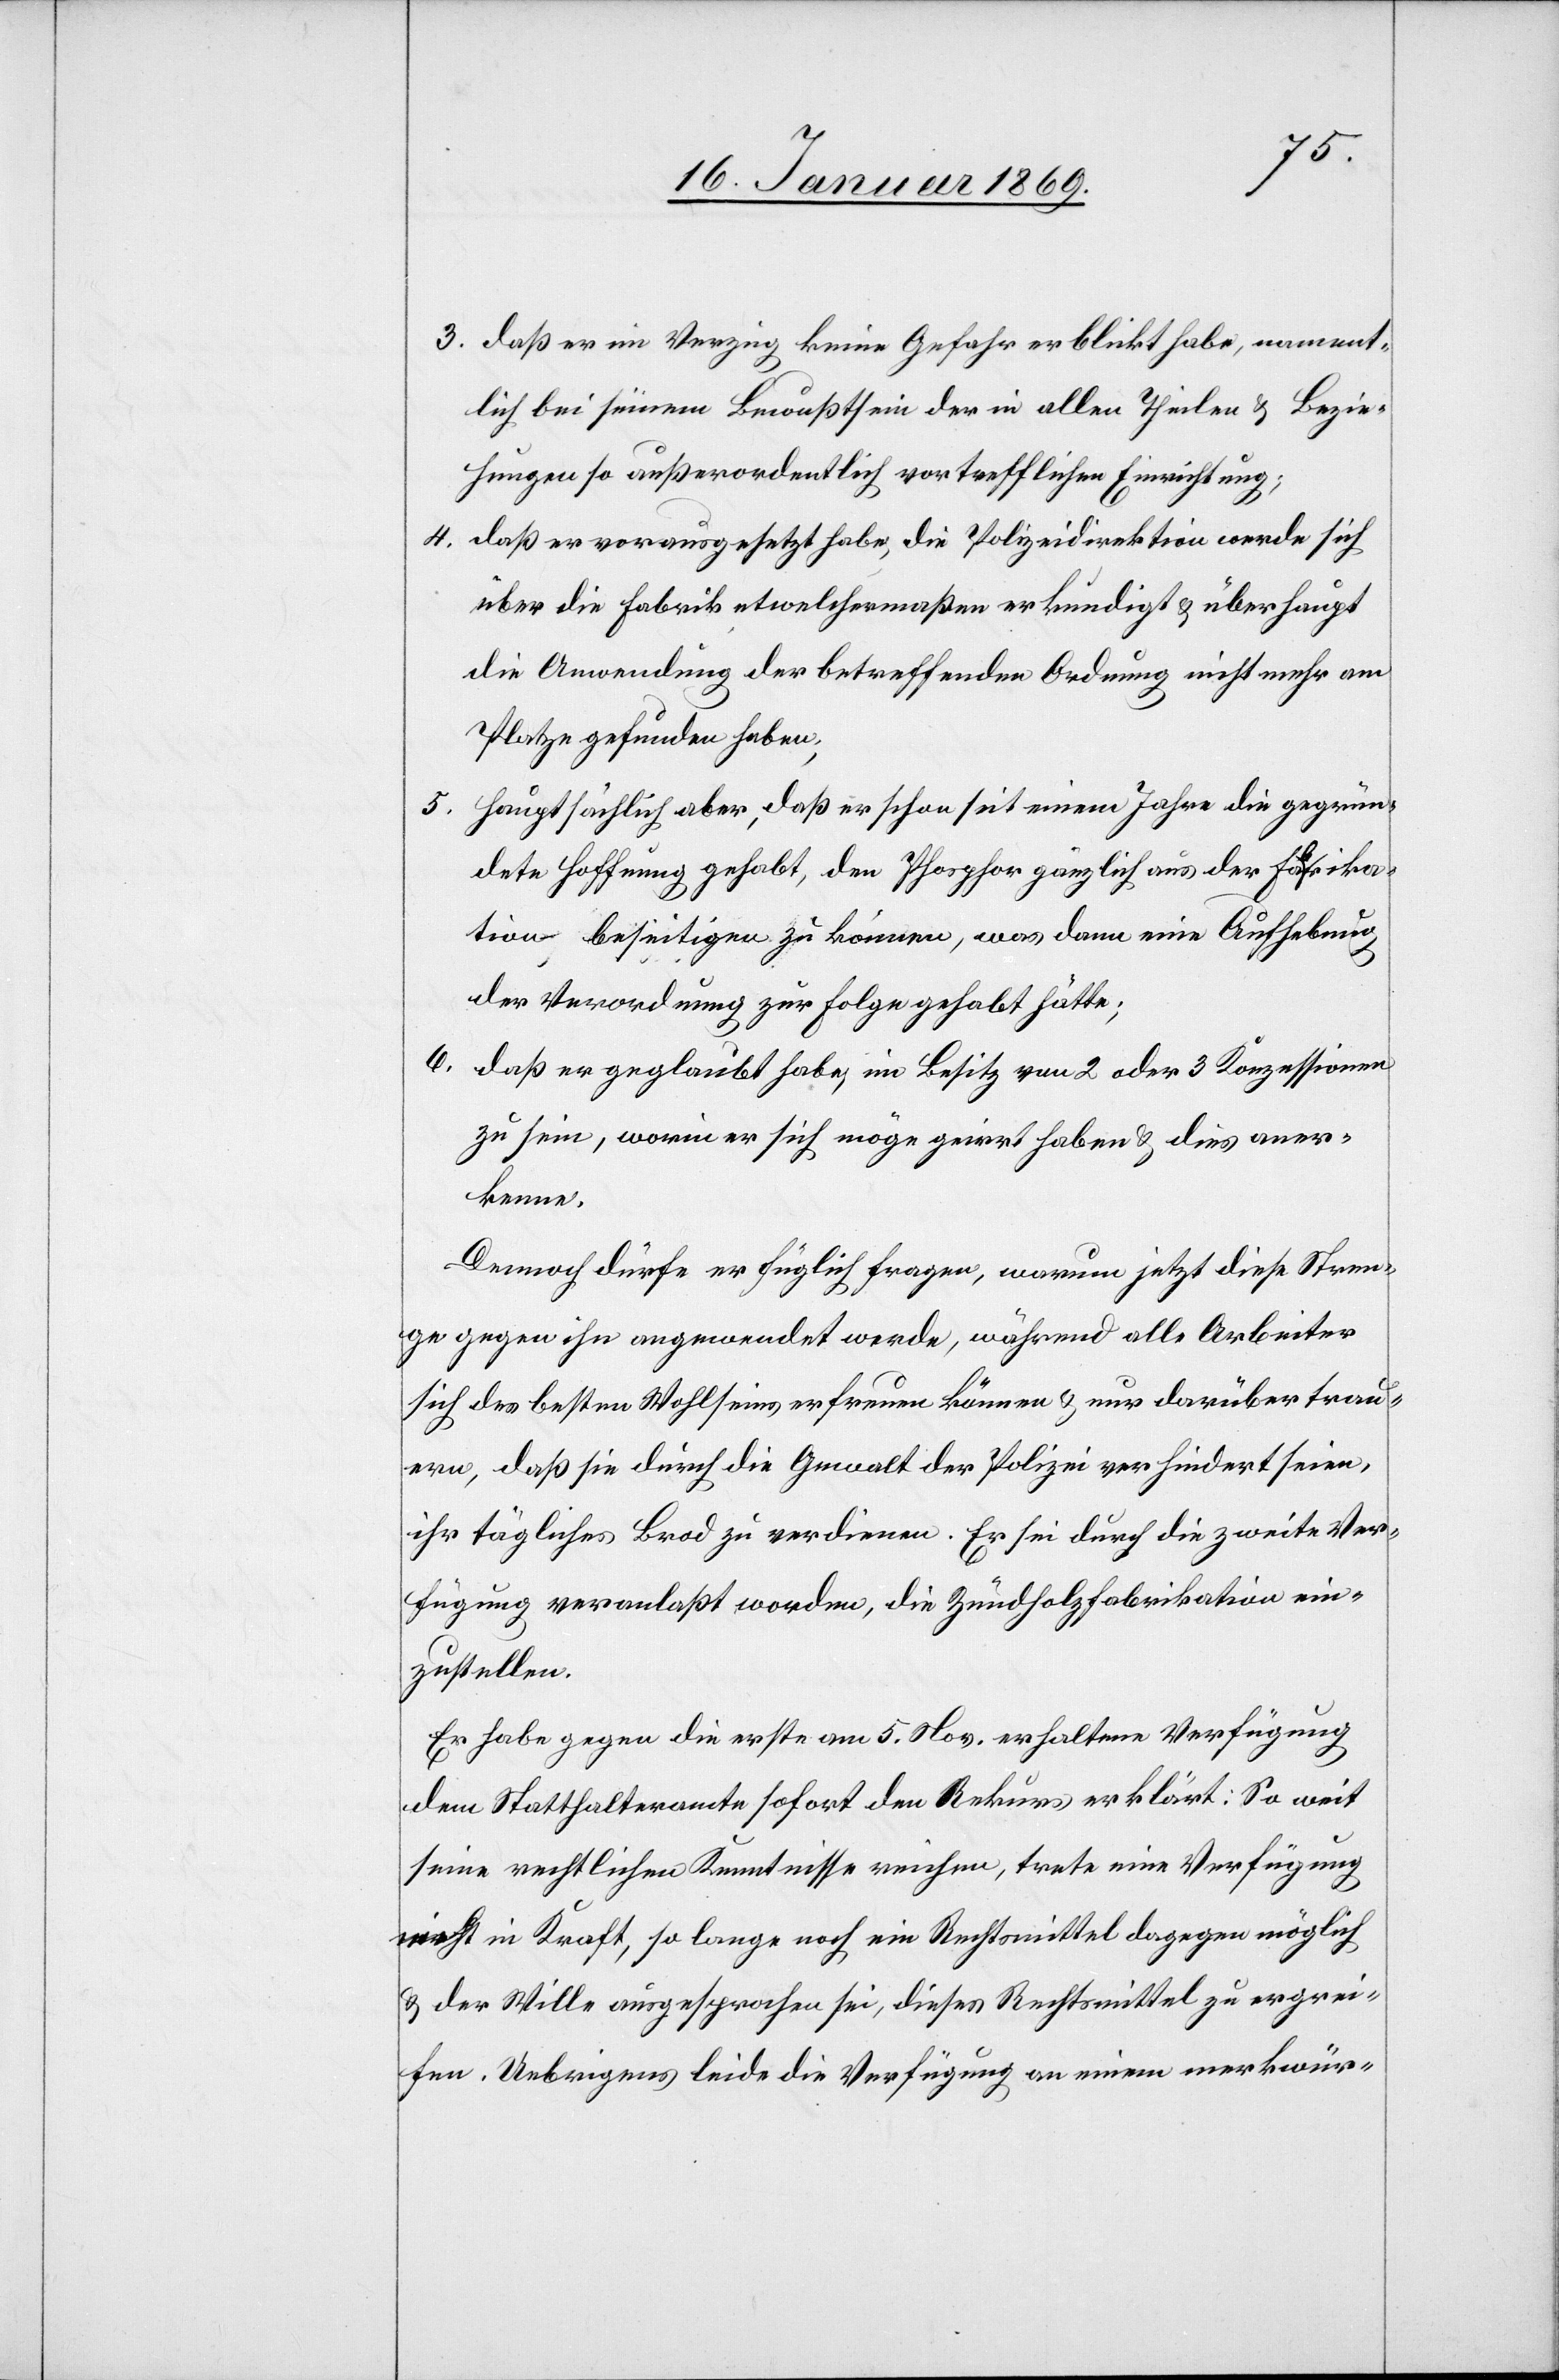
3. daß er im Verzeig keine Gefahr erblickt habe, nament¬
lich bei seinem Bewusstsein der in allen Theilen u. Bezie¬
hungen so außerordentlich vortrefflichen Einrichtung;
4. daß er vorausgesetzt habe, die Polizeidirektion werde sich
über die Fabrik etwelchermaßen erkundigt u. überhaupt
die Anordnung der betreffenden Ordnung nicht mehr am
Platze gefunden haben;
5. hauptsächlich aber, daß er schon seit einem Jahre die gegrün¬
dete Hoffnung gehabt, den Phosphor gänzlich aus der Fabrika¬
tion beseitigen zu können, was dann eine Aufhebung
der Verordnung zur Folge gehabt hätte;
6. daß er geglaubt habe, im Besitz von 2 oder 3 Konzessionen
zu sein, worin er sich möge geirrt haben u. dies aner¬
kenne.
Dennoch dürfe er füglich fragen, warum jetzt diese Stren¬
ge gegen ihn angewendet werde, während alle Arbeiter
sich des besten Wohlseins erfreuen können u. nur darüber trau¬
ern, daß sie durch die Gewalt der Polizei verhindert seien,
ihr tägliches Brod zu verdienen. Er sei durch die zweite Ver¬
fügung veranlaßt worden, die Zündholzfabrikation ein¬
zustellen.
Er habe gegen die erste am 5. Nov. erhaltene Verfügung
dem Statthalteramte sofort den Rekurs erklärt: So weit
seine rechtlichen Kenntnisse reichen, trete eine Verfügung
nicht in Kraft, so lange noch ein Rechtsmittel dagegen möglich
u. der Wille ausgesprochen sei, dieses Rechtsmittel zu ergrei¬
fen. Uebrigens leide die Verfügung an einem merkwür-